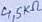
Text: 4,5KΩ